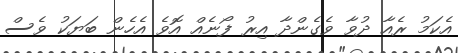
އެކަމު ރެއާ ދުވާ ވެގެންދާ އިރު ފޯނެއް އޮވެ އެހެން ބަޔަކު ވެސް